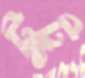
টুটু